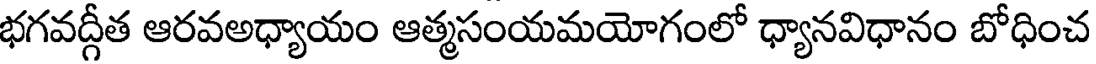
భగవద్గీత ఆరవఅధ్యాయం ఆత్మసంయమయోగంలో ధ్యానవిధానం బోధించ